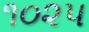
૧૦૨૫